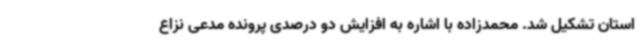
استان تشکیل شد. محمدزاده با اشاره به افزایش دو درصدی پرونده مدعی نزاع